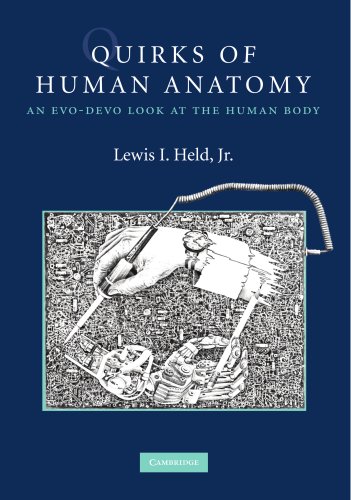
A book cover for Quirks of Human Anatomy: An Evo-Devo Look at the Human Body; Lewis I. Held  Jr; Medical Books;